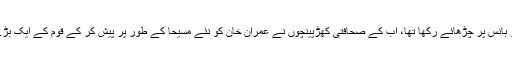
جس طرح صحافتی ٹولے نے بھٹو کو بانس پر چڑھائے رکھا تھا، اب کے صحافتی کھڑپینچوں نے عمران خان کو نئے مسیحا کے طور پر پیش کر کے قوم کے ایک بڑے حصے کو دھوکے میں ڈالے رکھا۔